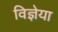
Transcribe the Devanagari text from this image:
विज्ञेया